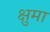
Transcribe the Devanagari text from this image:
क्षुमा